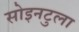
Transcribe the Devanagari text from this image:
सोइनटुला